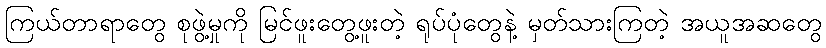
ကြယ်တာရာတွေ စုဖွဲ့မှုကို မြင်ဖူးတွေ့ဖူးတဲ့ ရုပ်ပုံတွေနဲ့ မှတ်သားကြတဲ့ အယူအဆတွေ